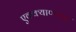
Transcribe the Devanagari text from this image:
एक्क्याण्णव